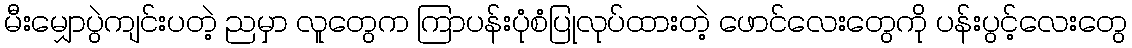
မီးမျှောပွဲကျင်းပတဲ့ ညမှာ လူတွေက ကြာပန်းပုံစံပြုလုပ်ထားတဲ့ ဖောင်လေးတွေကို ပန်းပွင့်လေးတွေ